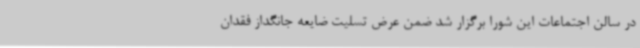
در سالن اجتماعات این شورا برگزار شد ضمن عرض تسلیت ضایعه جانگداز فقدان